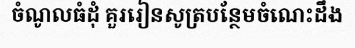
ចំណូលធំដុំ គួររៀនសូត្របន្ថែមចំណេះដឹង